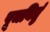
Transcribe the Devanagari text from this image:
पूजयितुं